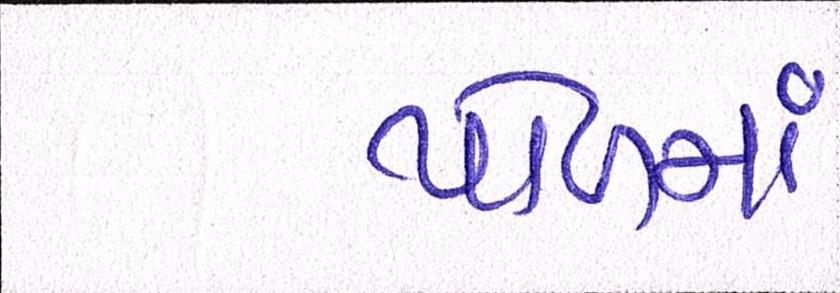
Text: પોળમાં